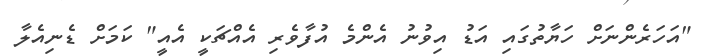
"އަހަރެންނަށް ހަޔާތުގައި އަޑު އިވުނު އެންމެ އުފާވެރި އެއްޗަކީ އެއީ" ކަމަށް ޑެނިއެލާ